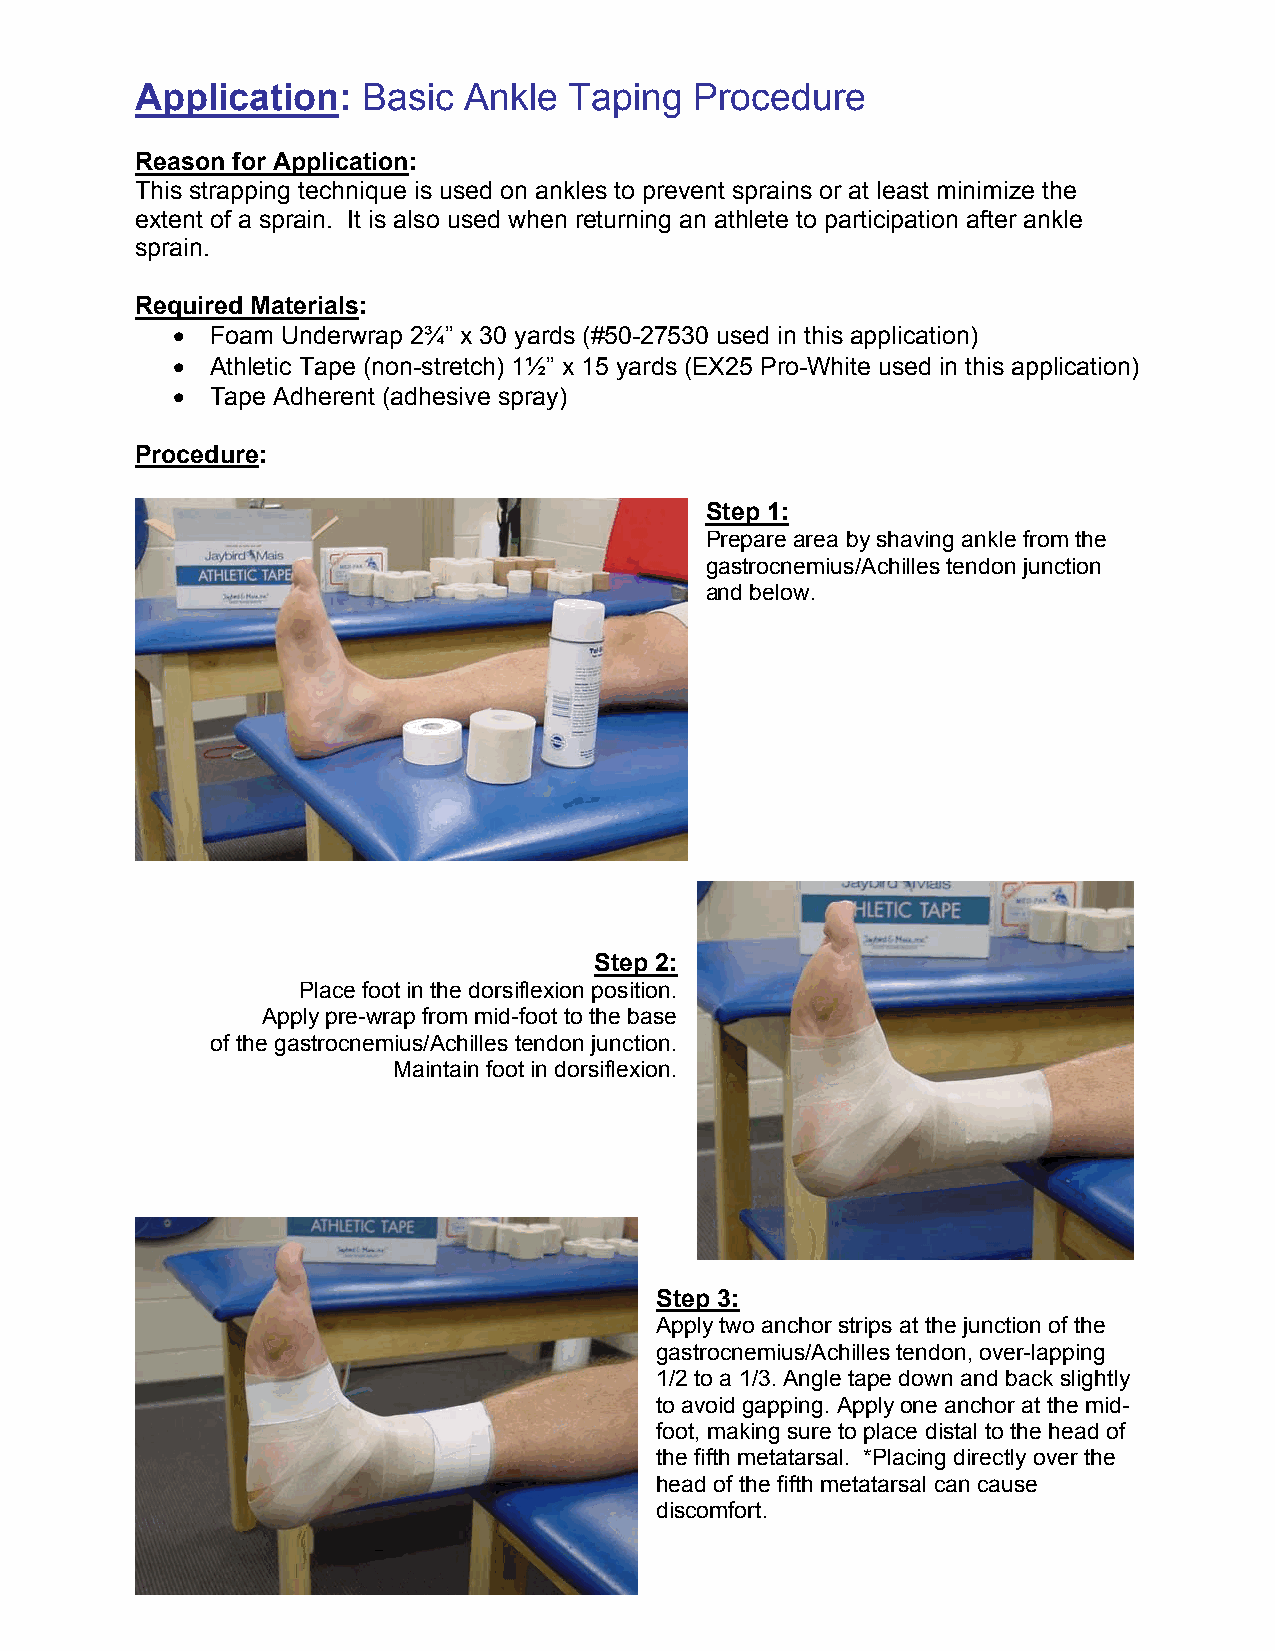
Application:   Basic  Ankle  Taping  Procedure
 Reason for Application:
 This strapping technique is used on ankles to prevent sprains or at least minimize the
 extent of a sprain. It is also used when returning an athlete to participation after ankle
 sprain.
 Required Materials:
 •  Foam Underwrap 2¾” x 30 yards (#50-27530 used in this application)
 •  Athletic Tape (non-stretch) 1½” x 15 yards (EX25 Pro-White used in this application)
 •  Tape Adherent (adhesive spray)
 Procedure:
 Step 1:
 Prepare area by shaving ankle from the
 gastrocnemius/Achilles tendon junction
 and below.
 Step 2:
 Place foot in the dorsiflexion position.
 Apply pre-wrap from mid-foot to the base
 of the gastrocnemius/Achilles tendon junction.
 Maintain foot in dorsiflexion.
 Step 3:
 Apply two anchor strips at the junction of the
 gastrocnemius/Achilles tendon, over-lapping
 1/2 to a 1/3. Angle tape down and back slightly
 to avoid gapping. Apply one anchor at the mid-
 foot, making sure to place distal to the head of
 the fifth metatarsal. *Placing directly over the
 head of the fifth metatarsal can cause
 discomfort.